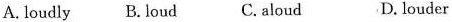
A. loudly B. loud C. aloud D. louder